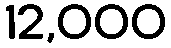
12,000